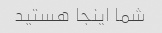
شما اینجا هستید